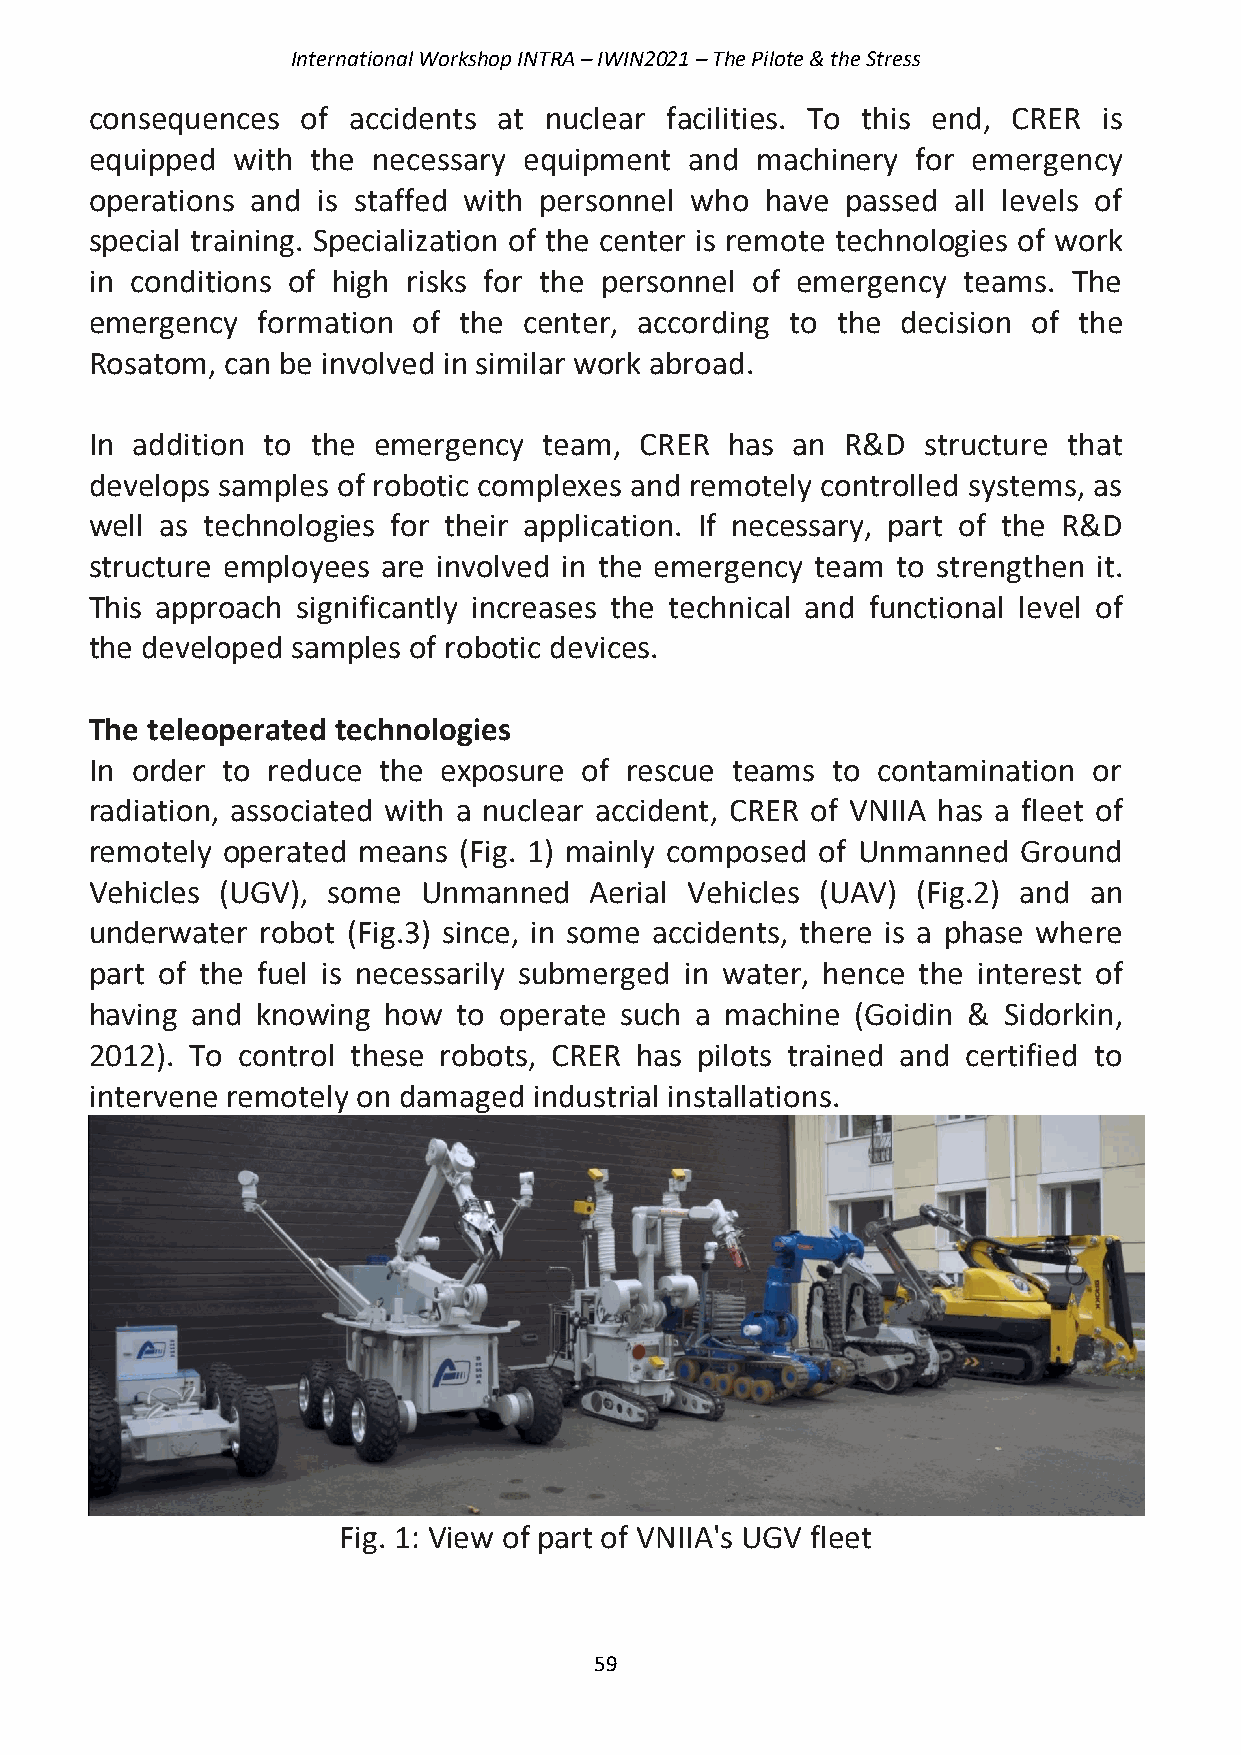
International Workshop INTRA – IWIN2021 – The Pilote & the Stress
 consequences  of accidents at nuclear facilities. To this end, CRER is
 equipped with  the necessary equipment  and machinery  for emergency
 operations and is staffed with personnel who have passed all levels of
 special training. Specialization of the center is remote technologies of work
 in conditions of high risks for the personnel of emergency teams. The
 emergency  formation of the  center, according to the decision of the
 Rosatom, can be involved in similar work abroad.
 In addition to the emergency  team, CRER  has an  R&D  structure that
 develops samples of robotic complexes and remotely controlled systems, as
 well as technologies for their application. If necessary, part of the R&D
 structure employees are involved in the emergency team to strengthen it.
 This approach significantly increases the technical and functional level of
 the developed samples of robotic devices.
 The teleoperated technologies
 In order to reduce the exposure  of rescue teams to contamination or
 radiation, associated with a nuclear accident, CRER of VNIIA has a fleet of
 remotely operated means (Fig. 1) mainly composed of Unmanned  Ground
 Vehicles (UGV), some  Unmanned   Aerial Vehicles (UAV) (Fig.2) and an
 underwater robot (Fig.3) since, in some accidents, there is a phase where
 part of the fuel is necessarily submerged in water, hence the interest of
 having and knowing how  to operate such a machine  (Goidin & Sidorkin,
 2012). To control these robots, CRER has pilots trained and certified to
 intervene remotely on damaged industrial installations.
 Fig. 1: View of part of VNIIA's UGV fleet
 59